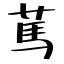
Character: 䔍